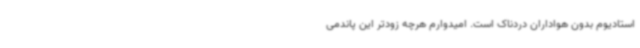
استادیوم بدون هواداران دردناک است. امیدوارم هرچه زودتر این پاندمی